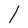
Character: l